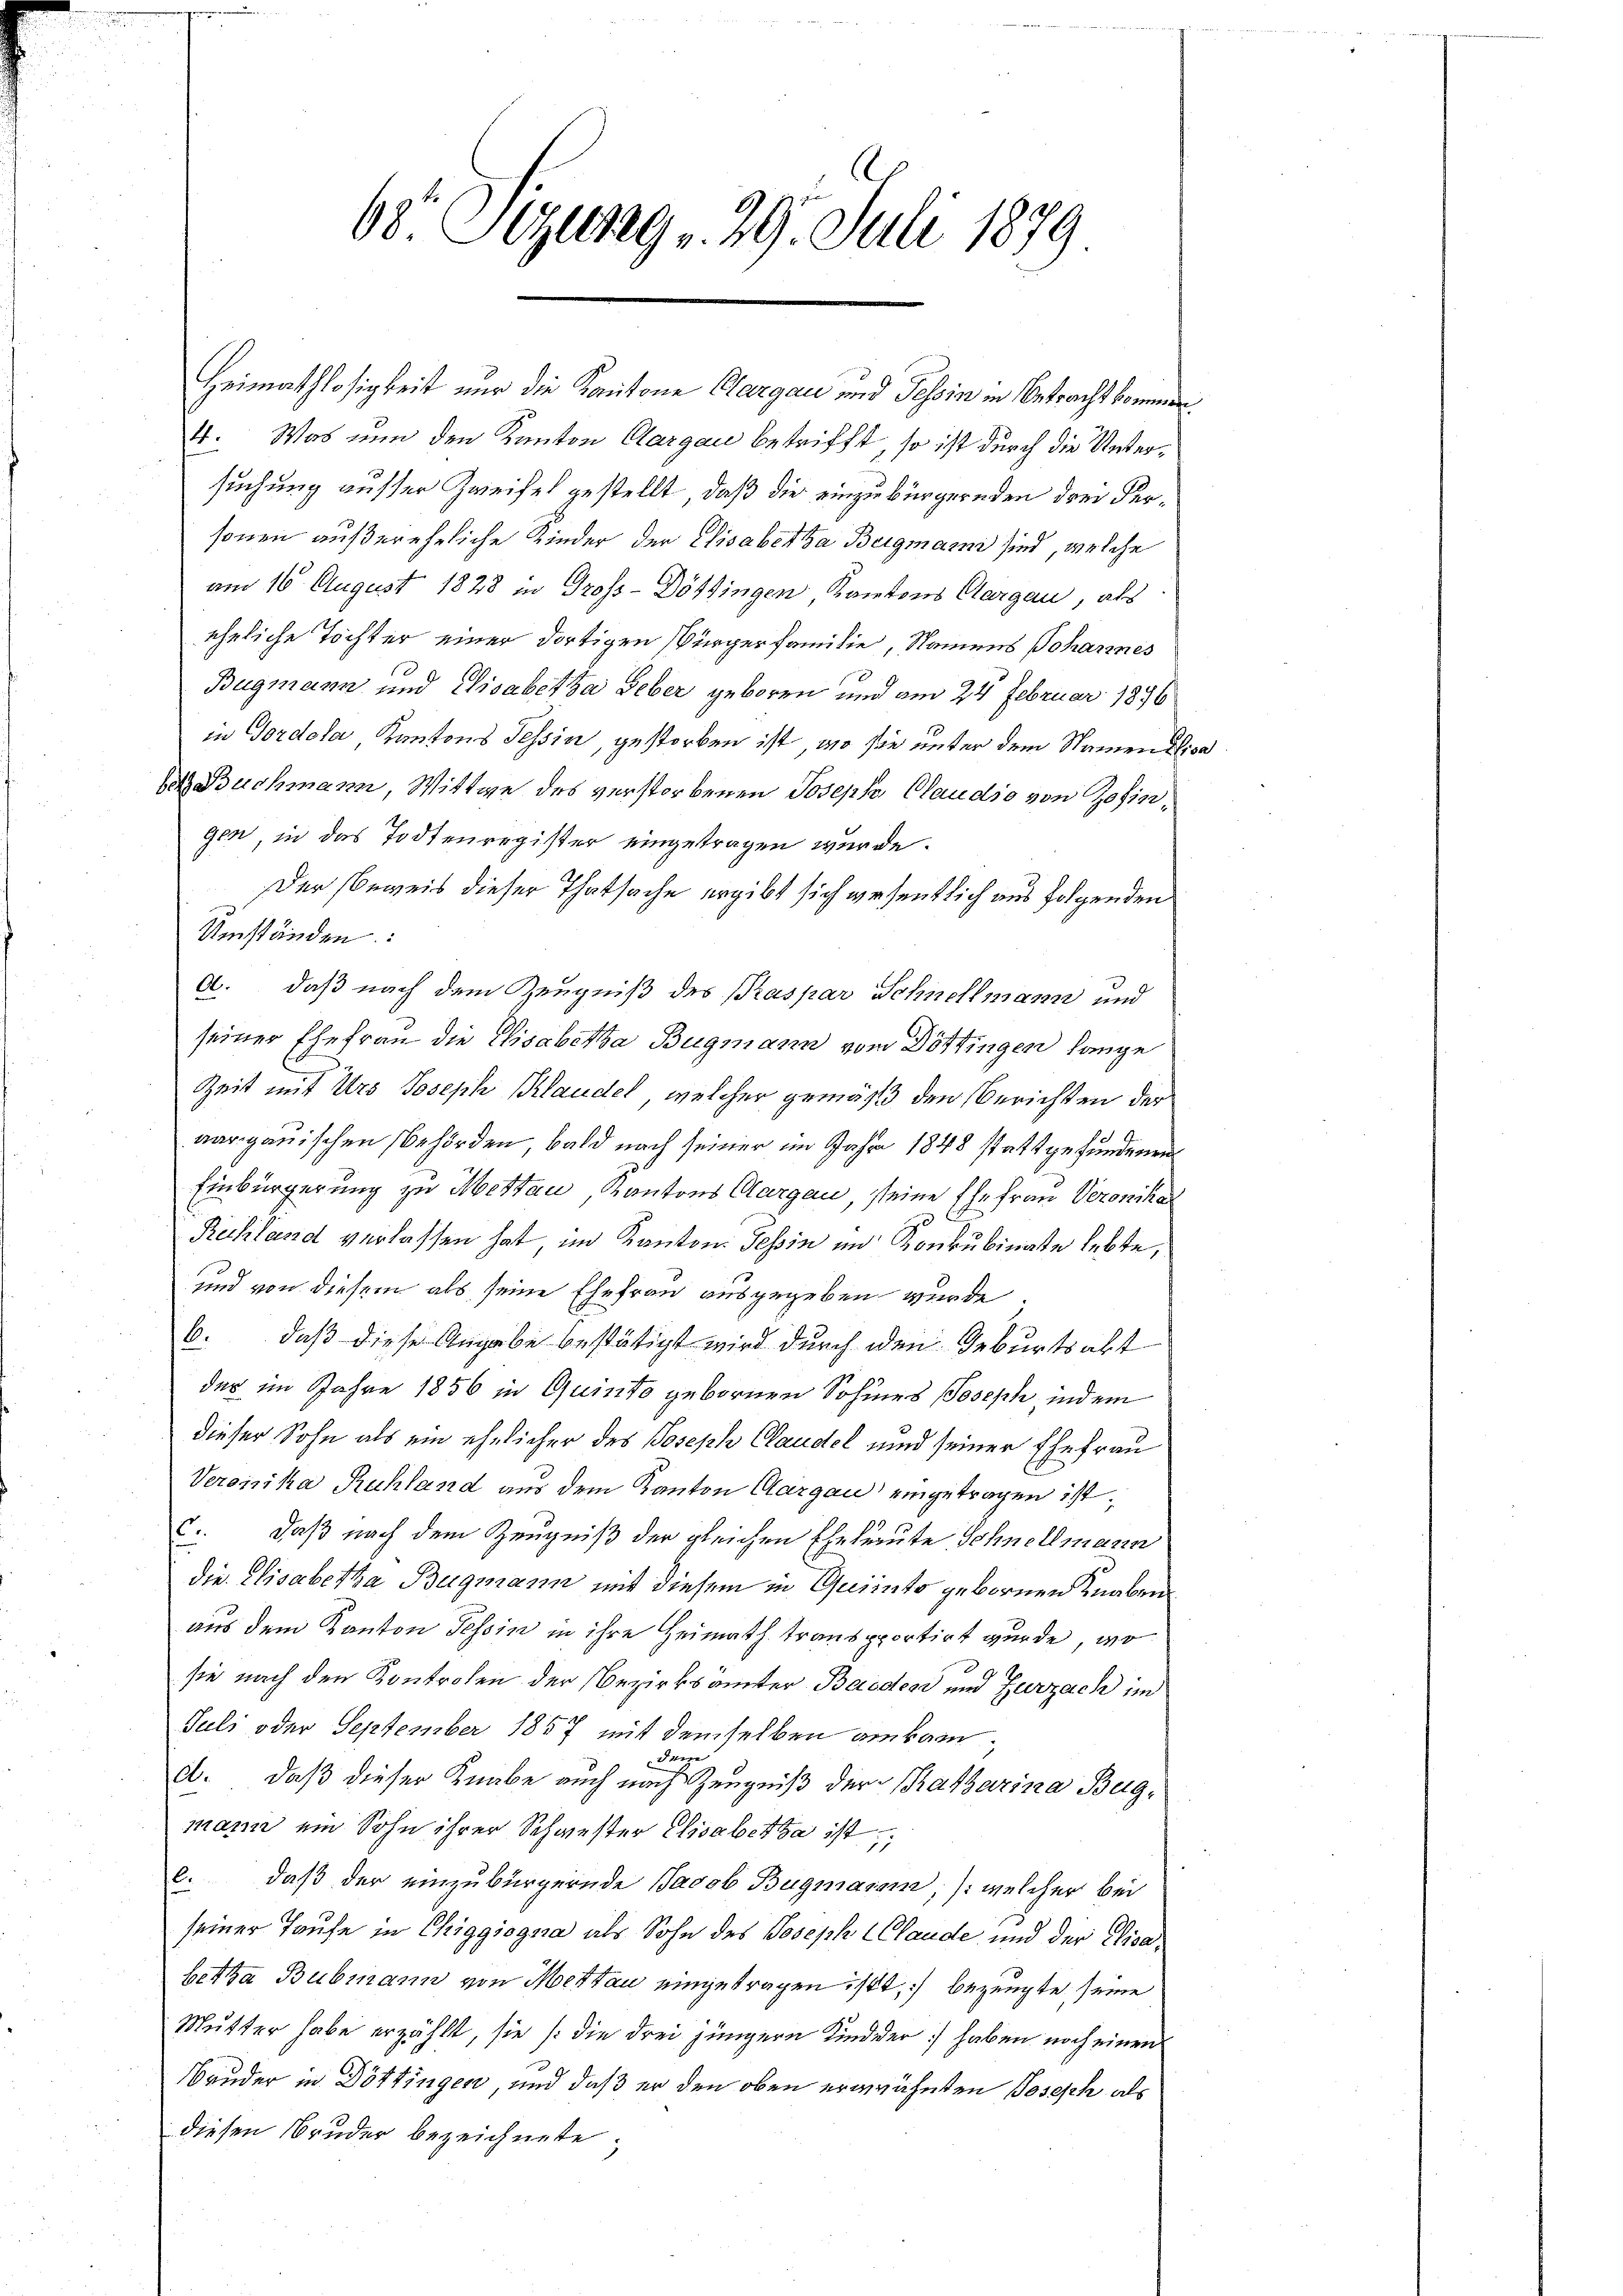
68. Dezug 29. Juli 1879

Heimathlosigkeit nur die Kantone Clargau und Tessin in Betracht kommen
4. Was nun den Kanton Aargau betrifft, so ist durch die Untersuchung ausser Zweifel gestellt, daß die einzubürgernden drei Versonen außereheliche Kinder der Elisabetha Beigmann sind, welche
am 16. August 1828 in Gross-Döttingen Kantons Aargau, als
eheliche Töchter einer dortigen Bürgerfamilie, Namens Johannes
Bugmann und Pisabetha Geber geboren und am 24. Februar 1896
in Gordola Kantons Tessin, gestorben ist, wo sie unter dem Namen Elisa
bet Buchmann, Wittwe des verstorbenen Joseph Claudio von Zofingen, in das Todtenregister eingetragen wurde.
Der Beweis dieser Thatsache ergibt sich wesentlich aus folgenden
Umständen:
A. daß nach dem Zeugniß des Praspar Schnellmann und
seiner Ehefrau die Elisabetha Bugmann vom Döttingen lange
Zeit mit Urs Joseph Klaudel, welcher gemäß den Berichten der
vargauischen Behörden, bald nach seiner im Jahre 1848 stattgefundenen
Einbürgerung zu Mettau, Kantons Aargau, seine Ehefrau Veronika
Reihiland verlassen hat im Kanton Tessin und Konkubinate lebte,
und von diesem als seine Ehefrau ausgegeben wurde
b. daß diese Angabe bestätigt wird durch den Geburtsakt
des im Jahre 1856 in Quinto gebornen Sohners Joseph indem
dieser Sohn als ein ehelicher des Joseph Claudel und seiner Ehefrau
Veronika Ruhland aus dem Kanton Aargau eingetragen ist,
c. daß nach dem Zeugniß der gleichen Eheleute Schnellmann
die Elisabetha Bugmann mit diesem in Quinto gebornen Knaben
aus dem Kanton Tessin in ihre Heimath transpportirt wurde, wo
sie nach den Kontrolen der Bezirksämter Bauders und Zurzach im
Juli oder September 1857 mit demselben ankam,
dem
A. daß dieser Knabe auch nach Zeugniß der Katharina Bugmann ein Sohn ihrer Schwester Elisabetha ist;
e. daß der einzubürgernde Jacob Bugmann, /: welcher bei
seiner Taufe in Chiggiogna als Sohn des Joseph Claude und der Visabetha Bubmann von Mertau eingetragen ist, bezeugte seine
Mutter habe erzählt, sie /: die drei jüngere Kind der haben noch einen
Bruder in Döttingen, und daß er den oben erwähnten Joseph als
diesen Bruder bezeichnete,